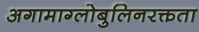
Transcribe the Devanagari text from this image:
अगामाग्लोबुलिनरक्तता